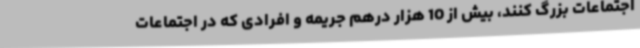
اجتماعات بزرگ کنند، بیش از 10 هزار درهم جریمه و افرادی که در اجتماعات